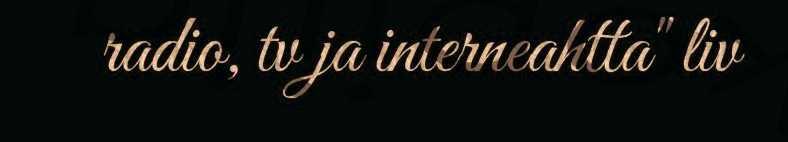
radio, tv ja interneahtta" liv